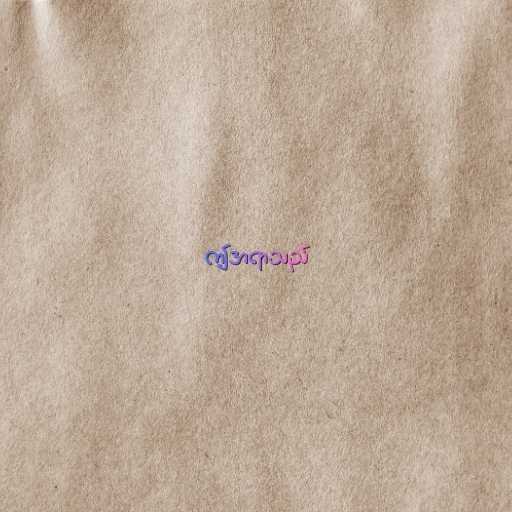
ဤအရာသည်